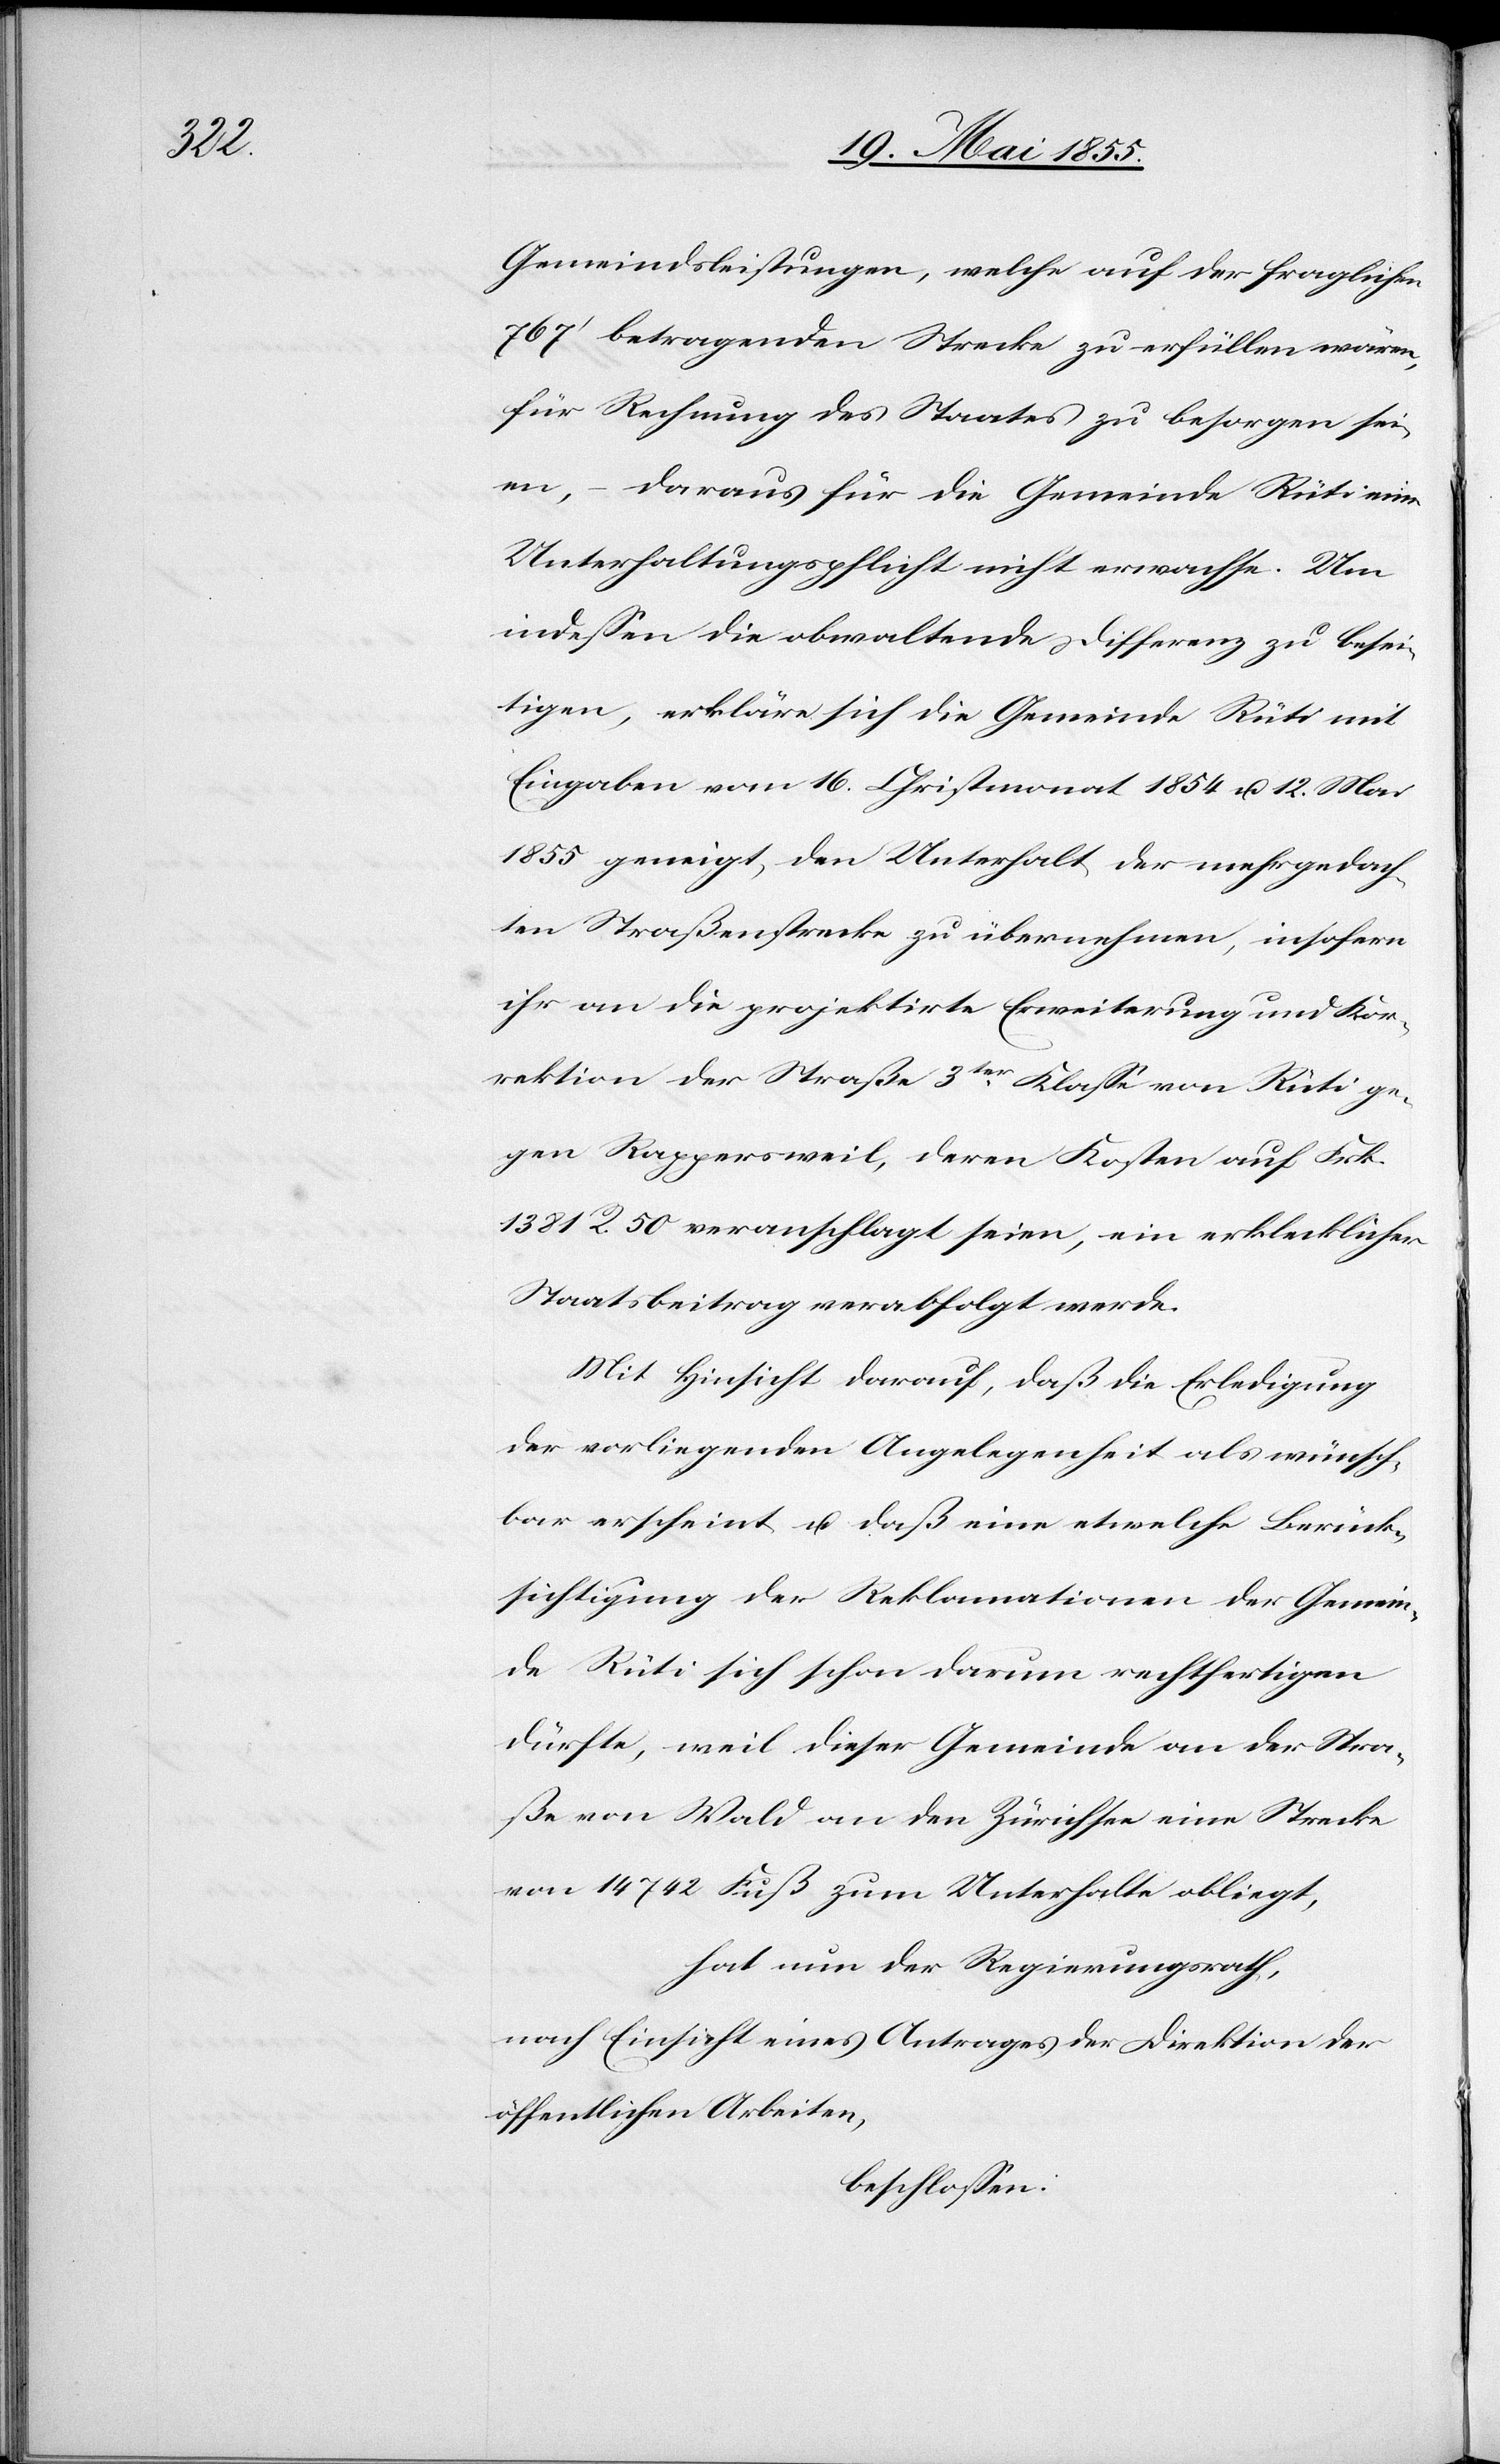
Gemeindsleistungen, welche auf der fraglichen
767‘ betragenden Strecke zu erfüllen wären,
für Rechnung des Staates zu besorgen sei¬
en, – daraus für die Gemeinde Rüti eine
Unterhaltungspflicht nicht erwachse. Um
indessen die obwaltende Differenz zu besei¬
tigen, erkläre sich die Gemeinde Rüti mit
Eingaben vom 16. Christmonat 1854 u. 12. Mai
1855 geneigt, den Unterhalt der mehrgedach¬
ten Straßenstrecke zu übernehmen, insofern
ihr an die projektirte Erweiterung und Kor¬
rektion der Straße 3ter Klasse von Rüti ge¬
gen Rappersweil, deren Kosten auf Frk.
1381 R. 50 veranschlagt seien, ein erklecklicher
Staatsbeitrag verabfolgt werde.
Mit Hinsicht darauf, daß die Erledigung
der vorliegenden Angelegenheit als wünsch¬
bar erscheint u. daß eine etwelche Berück¬
sichtigung der Reklamationen der Gemein¬
de Rüti sich schon darum rechtfertigen
dürfte, weil dieser Gemeinde an der Stra¬
ße von Wald an den Zürichsee eine Strecke
von 14 742 Fuß zum Unterhalte obliegt,
hat nun der Regierungsrath,
nach Einsicht eines Antrages der Direktion der
öffentlichen Arbeiten,
beschlossen: